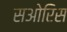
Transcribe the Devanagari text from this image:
सओरिस